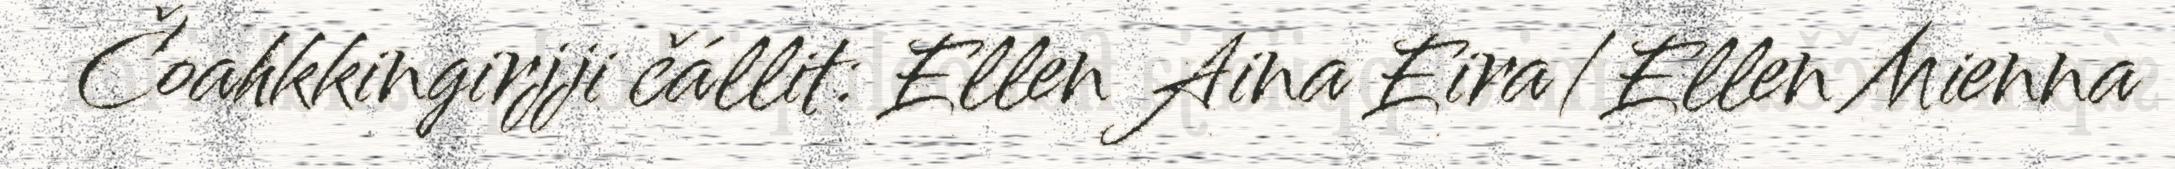
Čoahkkingirjji čállit: Ellen Aina Eira/Ellen Mienna